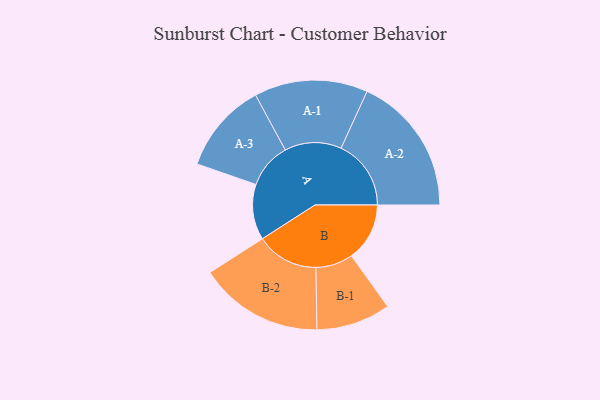
{"axis": {"x": "Segment", "y": "Value"}, "legend": ["", "A", "B"], "data": [{"x": "A", "y": 230, "type": ""}, {"x": "B", "y": 241, "type": ""}, {"x": "A-1", "y": 235, "type": "A"}, {"x": "A-2", "y": 290, "type": "A"}, {"x": "A-3", "y": 188, "type": "A"}, {"x": "B-1", "y": 154, "type": "B"}, {"x": "B-2", "y": 258, "type": "B"}]}